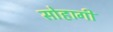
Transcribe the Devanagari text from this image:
सोहागी